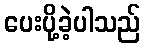
ပေးပို့ခဲ့ပါသည်